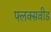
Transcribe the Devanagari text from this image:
फ्लक्सवीड